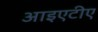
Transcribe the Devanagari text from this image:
आइएटीए